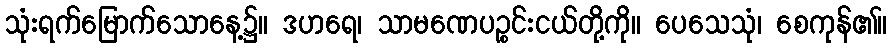
သုံးရက်မြောက်သောနေ့၌။ ဒဟရေ၊ သာမဏေပဉ္စင်းငယ်တို့ကို။ ပေသေသုံ၊ စေကုန်၏။